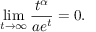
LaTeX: \operatorname* { l i m } _ { t \rightarrow \infty } { \frac { t ^ { \alpha } } { a e ^ { t } } } = 0 .